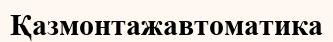
Қазмонтажавтоматика